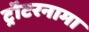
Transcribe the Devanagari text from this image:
ट्रॉटरनामा